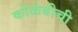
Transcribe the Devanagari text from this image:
कोळंबीची